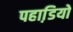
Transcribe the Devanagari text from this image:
पहाडि़यो